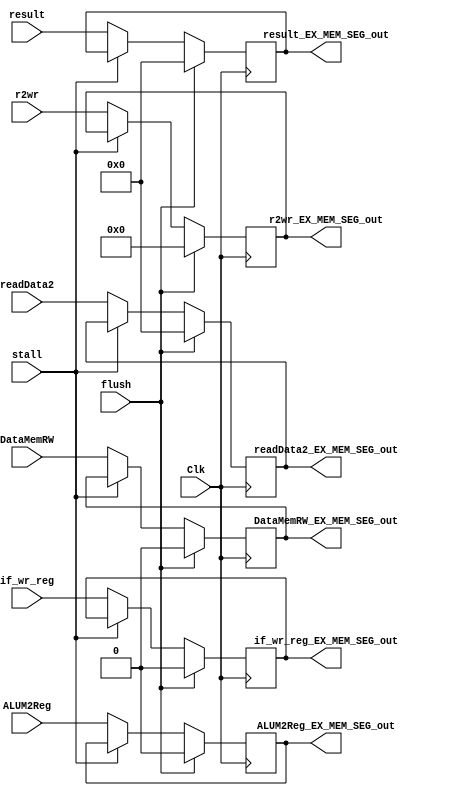
`timescale 1ns / 1ps
//////////////////////////////////////////////////////////////////////////////////
// Company: 
// Engineer: 
// 
// Design Name: 
// Module Name:    EX_WB_SEG 
// Project Name: 
// Target Devices: 
// Tool versions: 
// Description: 
//
// Dependencies: 
//
// Revision: 
// Revision 0.01 - File Created
// Additional Comments: 
//
//////////////////////////////////////////////////////////////////////////////////
module EX_MEM_SEG(
input Clk,
input stall,
input flush,

input [31:0] result,
input  ALUM2Reg,
input  DataMemRW,
input [31:0] readData2,
input [4:0] r2wr,
input if_wr_reg,

output reg [31:0] result_EX_MEM_SEG_out,
output reg DataMemRW_EX_MEM_SEG_out,
output reg ALUM2Reg_EX_MEM_SEG_out,
output reg [31:0] readData2_EX_MEM_SEG_out,
output reg [4:0] r2wr_EX_MEM_SEG_out,
output reg if_wr_reg_EX_MEM_SEG_out
);
always@(posedge Clk)
begin

if(flush)
begin
	result_EX_MEM_SEG_out<=32'b0;
	DataMemRW_EX_MEM_SEG_out<=1'b0;
	readData2_EX_MEM_SEG_out<=32'b0;
	ALUM2Reg_EX_MEM_SEG_out<=1'b0;
	r2wr_EX_MEM_SEG_out <= 5'b0;
	if_wr_reg_EX_MEM_SEG_out <= 1'b0;
end
else if(~stall)
begin
	 //#5
	 result_EX_MEM_SEG_out<=result;
	 DataMemRW_EX_MEM_SEG_out<=DataMemRW;
	 readData2_EX_MEM_SEG_out<=readData2;
	 ALUM2Reg_EX_MEM_SEG_out<=ALUM2Reg;
	 r2wr_EX_MEM_SEG_out <= r2wr;
	 if_wr_reg_EX_MEM_SEG_out <= if_wr_reg;
end

end

endmodule